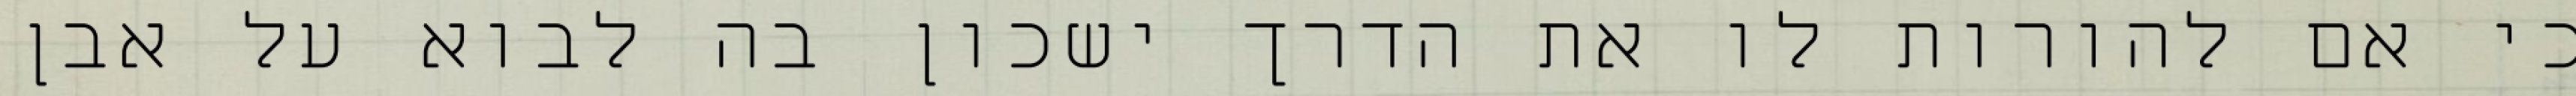
כי אם להורות לו את הדרך ישכון בה לבוא על אבן